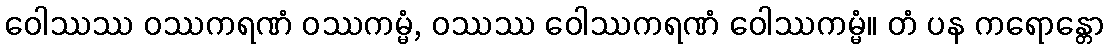
ဝေါဿဿ ဝဿကရဏံ ဝဿကမ္မံ, ဝဿဿ ဝေါဿကရဏံ ဝေါဿကမ္မံ။ တံ ပန ကရောန္တော